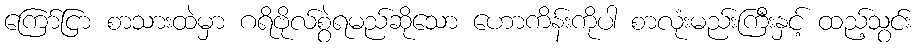
ကြော်ငြာ စာသားထဲမှာ ဂရိဗိုလ်စွဲရမည်ဆိုသော ဟောကိန်းကိုပါ စာလုံးမည်းကြီးနှင့် ထည့်သွင်း